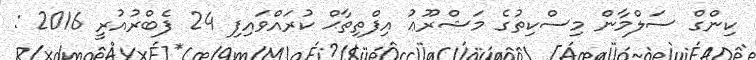
ކިންގް ސަލްމާން މިސްކިތުގެ މަޝްރޫޢު އިފްތިތާޙް ކުރައްވައިފި 24 ފެބްރުއުރީ 2016 :